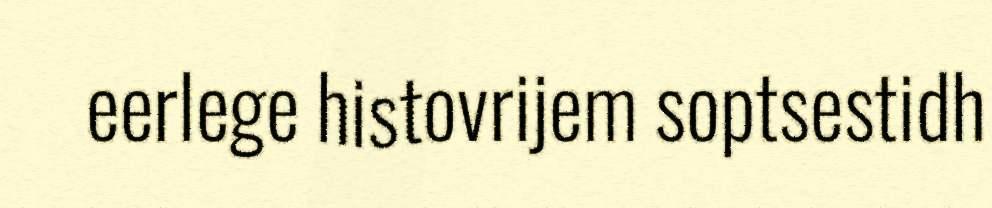
eerlege histovrijem soptsestidh